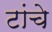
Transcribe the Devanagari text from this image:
टांचे